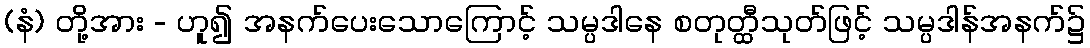
(နံ) တို့အား - ဟူ၍ အနက်ပေးသောကြောင့် သမ္ပဒါနေ စတုတ္ထီသုတ်ဖြင့် သမ္ပဒါန်အနက်၌